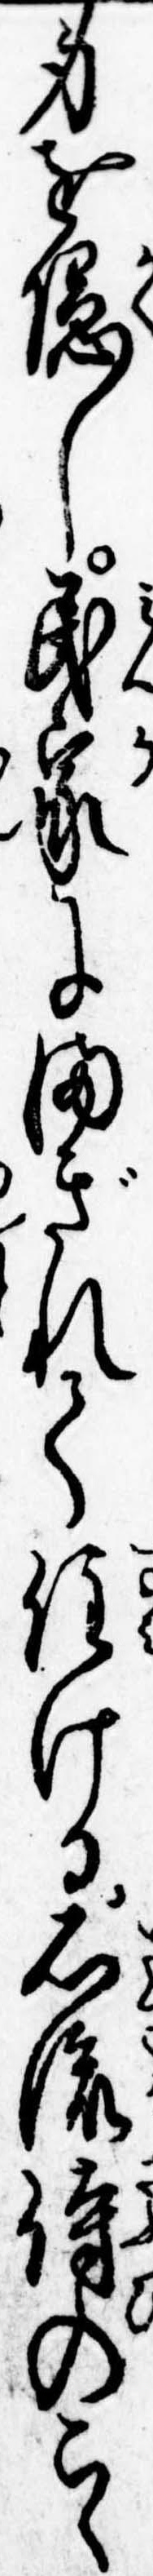
身を隠し民家にまぎれて住ける石流侍のこゝ